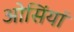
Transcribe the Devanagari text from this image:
ओसिंयां